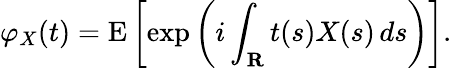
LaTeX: \varphi_{X}(t)=\operatorname{E}\left[\exp\left(i\int_{\mathbf{R}}t(s)X(s)\, ds\right)\right].